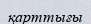
қарттығы